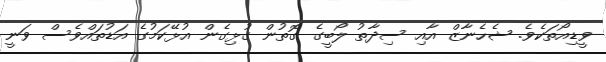
ވީޑިއޯތަކެވެ. ޝެހެނާޒް އާއި ސިދާތު ލޯބީގެ ގޮތުން ގުޅިގެން އުޅޭކަމުގެ އަޑުތައްވެސް ވަނީ